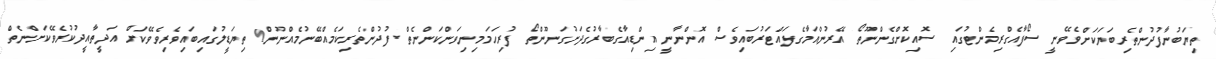
ތިޔަބުނާފުދުންތެރިބަޔަކަށްވެވޭނީ ސޯފާއެގްރިމެންޓުގައި ސޮއިކޮށްގެންނޫތޯ އޭރުންއަމާގެފައްޓަރުބައިވެސް އޮންނާނީ އިންޑިއާގެބާރުގެދަށުގަނޫންތޯ ފުރިހަމަމިނިވަންކަންނެތް ފުދުންތެރިކަމެއްބޭނުމެއްނޫން! ތިޔަޑީލުގައިބައިވެރިވެވޭކަށް އަދީތާއީދުކުރެވޭކަށްނެތް